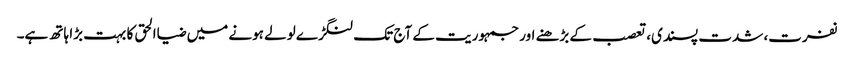
نفرت، شدت پسندی، تعصب کے بڑھنے اور جمہوریت کے آج تک لنگڑے لولے ہونے میں ضیاالحق کا بہت بڑا ہاتھ ہے۔